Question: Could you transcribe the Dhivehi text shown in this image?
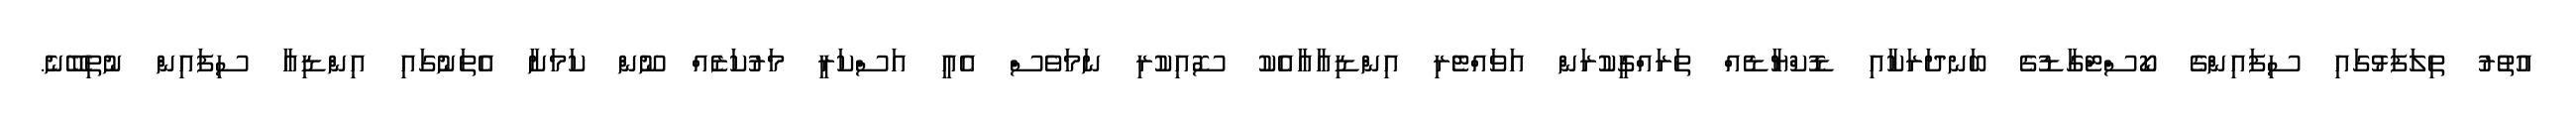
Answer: އުތުރު ތިލަފަޅުގައި ސިފައިންގެ ކޯސްޓްގާޑުގެ ބަނދަރަކާއި ޑޮކްޔާޑެއް ތަރައްގީކުރަން އަވައްޓެރި އިންޑިއާއާއެކު ސޮއިކުރި ނަމަވެސް އެއީ އަސްކަރީ މަރުކަޒެއް ނޫން ކަމަށާ އެތަނުގައި އިންޑިއާ ސިފައިން ނުތިބޭނެ.